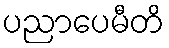
ပညာပေမီတိ